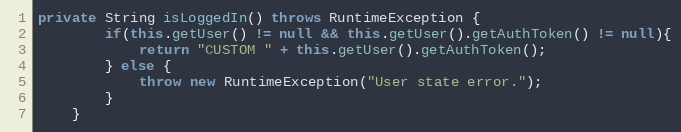
Language: Java
private String isLoggedIn() throws RuntimeException {
        if(this.getUser() != null && this.getUser().getAuthToken() != null){
            return "CUSTOM " + this.getUser().getAuthToken();
        } else {
            throw new RuntimeException("User state error.");
        }
    }